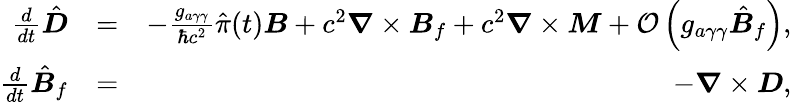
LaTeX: \begin{array}{rlr}{\frac{d}{dt}\hat{\boldsymbol D}}&{=}&{-\frac{g_{a\gamma\gamma}}{\hbar c^{2}}\hat{\pi}(t){\boldsymbol B}+c^{2}\boldsymbol\nabla\times{\boldsymbol B}_{f}+c^{2}\boldsymbol\nabla\times{\boldsymbol M}+\mathcal O\left(g_{a\gamma\gamma}\hat{\boldsymbol B}_{f}\right),}\\ {\frac{d}{dt}\hat{\boldsymbol B}_{f}}&{=}&{-\boldsymbol\nabla\times{\boldsymbol D},}\end{array}